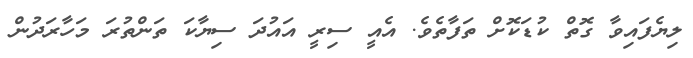
ލިޔެފައިވާ ގޮތް ކުޑަކޮށް ތަފާތެވެ. އެއީ ސިރީ އައުދަ ސިޔާކަ ތަންތުރަ މަހާރަދުން